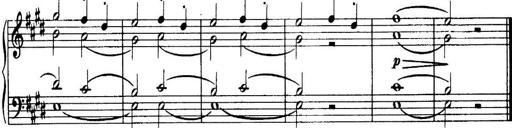
Title: 3 Sonatinas, Op.67
Composer: Jean Sibelius